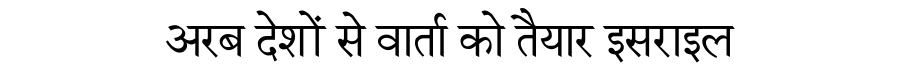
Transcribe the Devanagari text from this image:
अरब देशों से वार्ता को तैयार इसराइल